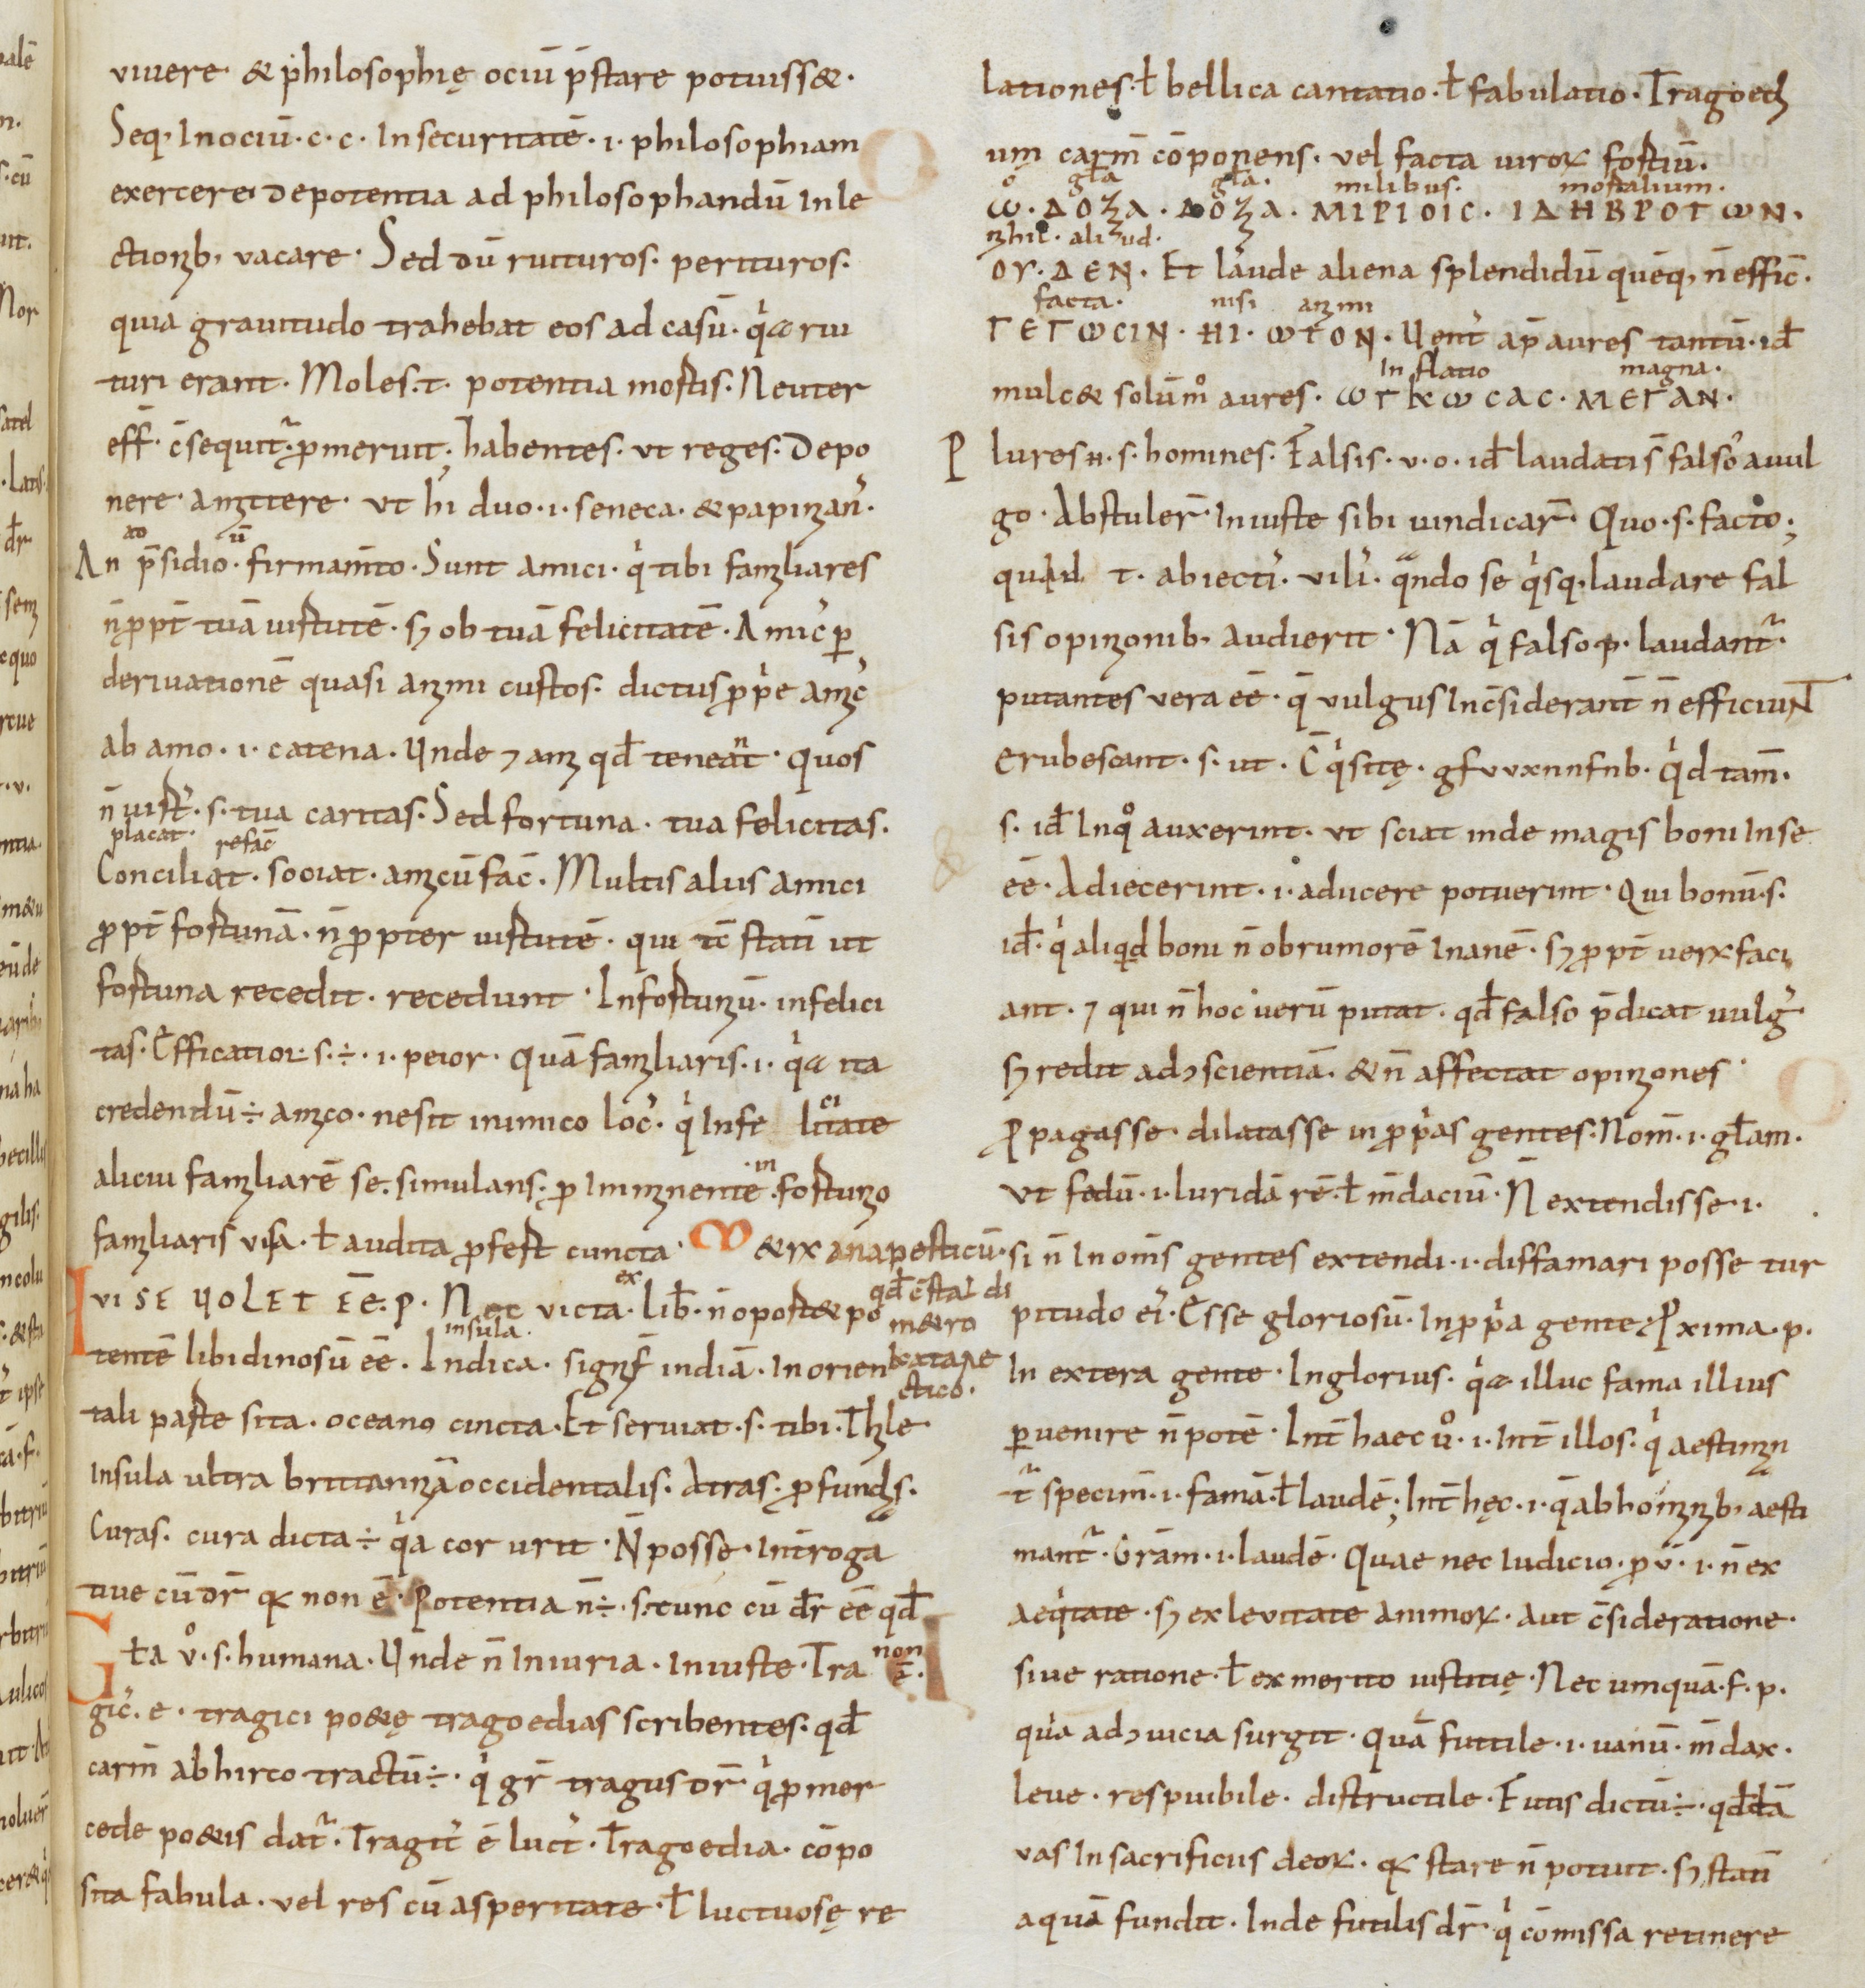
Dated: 950–999